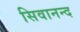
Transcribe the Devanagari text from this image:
सिवानन्द